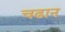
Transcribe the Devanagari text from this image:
चढान